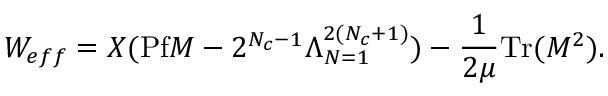
W _ { e f f } = X ( \mathrm { P f } M - 2 ^ { N _ { c } - 1 } \Lambda _ { N = 1 } ^ { 2 ( N _ { c } + 1 ) } ) - \frac { 1 } { 2 \mu } \mathrm { T r } ( M ^ { 2 } ) .